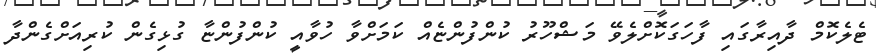
ޓެލެކޮމް ދާއިރާގައި ފާހަގަކޮށްލެވޭ މަޝްހޫރު ކުންފުންޏެއް ކަމަށްވާ ހުވާއީ ކުންފުންޏާ ގުޅިގެން ކުރިއަށްގެންދާ